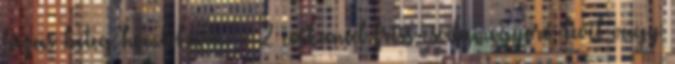
lázas beteg homlokára. - 2 evőkanál friss csodamogyoró-levél vagy